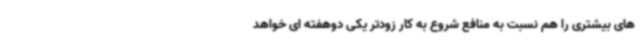
های بیشتری را هم نسبت به منافع شروع به کار زودتر یکی دوهفته ای خواهد